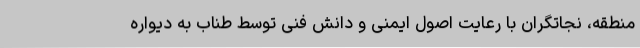
منطقه، نجاتگران با رعایت اصول ایمنی و دانش فنی توسط طناب به دیواره